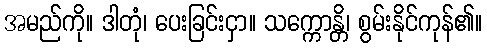
အမည်ကို။ ဒါတုံ၊ ပေးခြင်းငှာ။ သက္ကောန္တိ၊ စွမ်းနိုင်ကုန်၏။